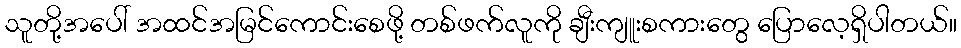
သူတို့အပေါ် အထင်အမြင်ကောင်းစေဖို့ တစ်ဖက်လူကို ချီးကျူးစကားတွေ ပြောလေ့ရှိပါတယ်။